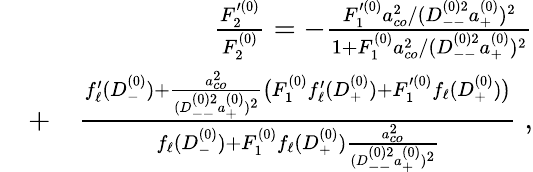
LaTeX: \begin{array}{rlr}&{}&{\frac{F_{2}^{\prime(0)}}{F_{2}^{(0)}}=-\frac{F_{1}^{\prime(0)}a_{co}^{2}/(D_{--}^{(0)2}a_{+}^{(0)})^{2}}{1+F_{1}^{(0)}a_{co}^{2}/(D_{--}^{(0)2}a_{+}^{(0)})^{2}}}\\ &{+}&{\frac{f_{\ell}^{\prime}(D_{-}^{(0)})+\frac{a_{co}^{2}}{(D_{--}^{(0)2}a_{+}^{(0)})^{2}}\big(F_{1}^{(0)}f_{\ell}^{\prime}(D_{+}^{(0)})+F_{1}^{\prime(0)}f_{\ell}(D_{+}^{(0)})\big)}{f_{\ell}(D_{-}^{(0)})+F_{1}^{(0)}f_{\ell}(D_{+}^{(0)})\frac{a_{co}^{2}}{(D_{--}^{(0)2}a_{+}^{(0)})^{2}}}\; ,}\end{array}